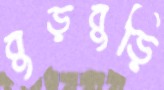
বুড়বুড়ি